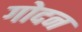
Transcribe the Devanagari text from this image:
गोदन